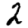
Digit: 2